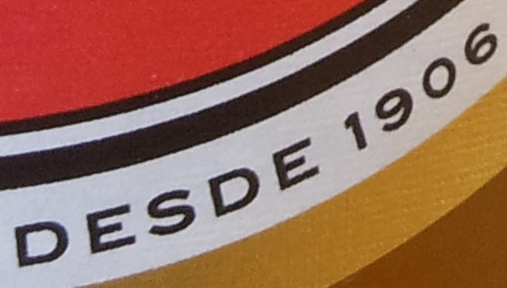
DESDE 1906